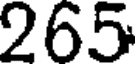
265